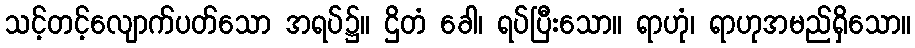
သင့်တင့်လျောက်ပတ်သော အရပ်၌။ ဌိတံ ခေါ၊ ရပ်ပြီးသော။ ရာဟုံ၊ ရာဟုအမည်ရှိသော။